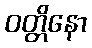
ဝတ္တိနော